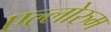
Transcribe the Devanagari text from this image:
एल्लोरुम